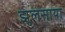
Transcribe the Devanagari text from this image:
झुलसाया